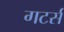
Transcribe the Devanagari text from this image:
गटर्स